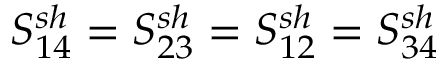
S _ { 1 4 } ^ { s h } = S _ { 2 3 } ^ { s h } = S _ { 1 2 } ^ { s h } = S _ { 3 4 } ^ { s h }